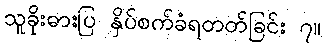
သူခိုးဓားပြ နှိပ်စက်ခံရတတ်ခြင်း ၇။